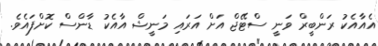
އެއާއެކު ރަންބީރް ވަނީ ސްޓޭޖް އަށް އަރައި މަނީޝް އާއެކު ޑާންސް ކޮށްފައެވެ.